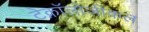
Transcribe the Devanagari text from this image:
टेक्नॉलोजीकल